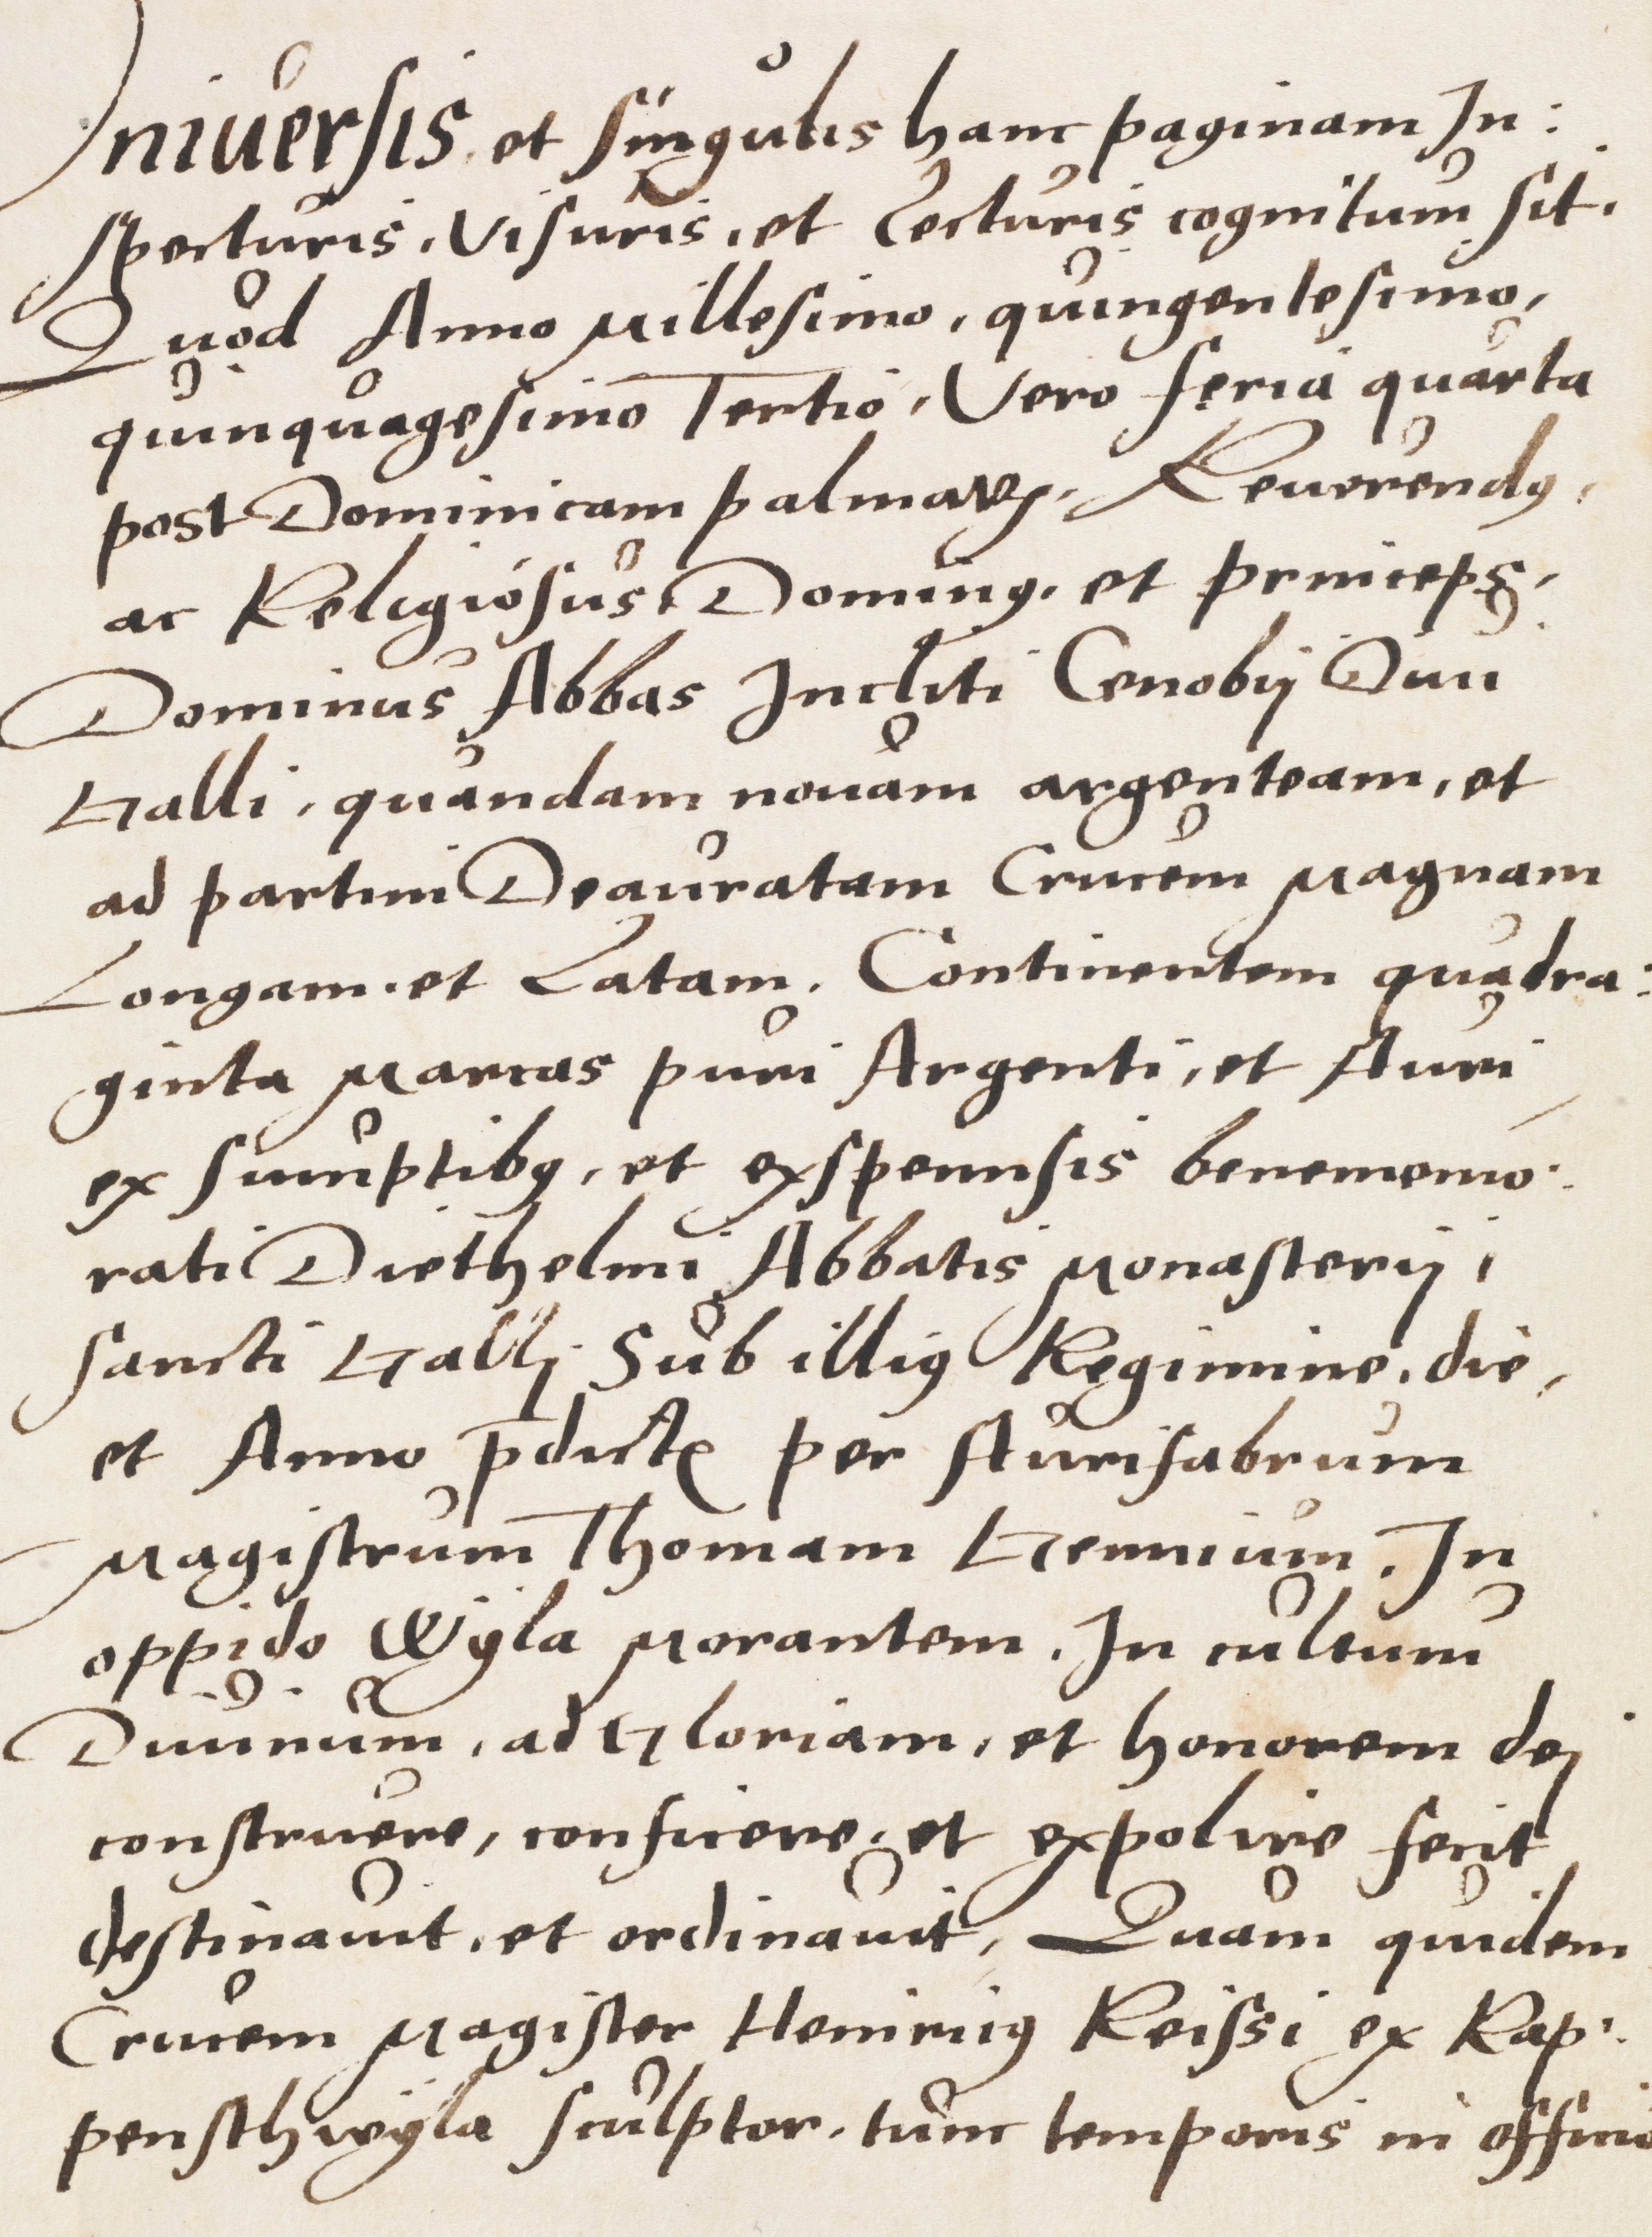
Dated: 1500–1599